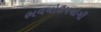
ભવનોઉપયોગી